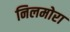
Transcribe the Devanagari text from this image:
निलमोरा